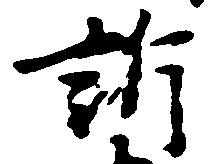
訴